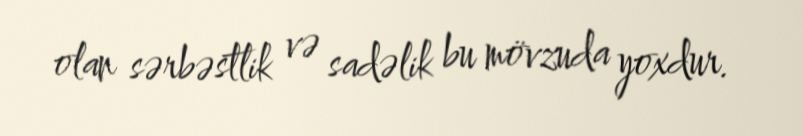
olan sərbəstlik və sadəlik bu mövzuda yoxdur.